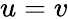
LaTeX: u=v